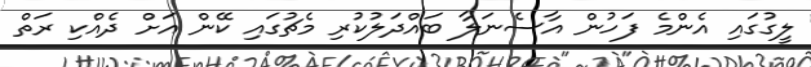
ލީގުގައި އެންމެ ފަހުން އާސެނަލާ ބައްދަލުކުރި މެޗުގައި ކޭން އަށް ދެއްކި ރަތް